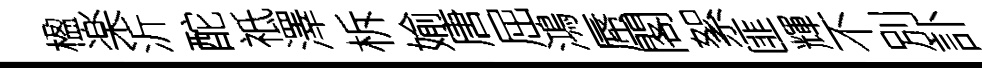
楹楽沂酡祗澤柝媮唐屈鴻蜃閣絮匪輝不別訃